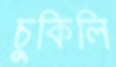
চুকিলি